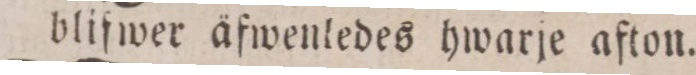
blifwer äfwenledes hwarje afton.